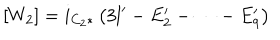
LaTeX: [ W _ { 2 } ] = i _ { C _ { 2 } * } \left( 3 l ^ { \prime } - E _ { 2 } ^ { \prime } - \dots - E _ { 9 } ^ { \prime } \right)